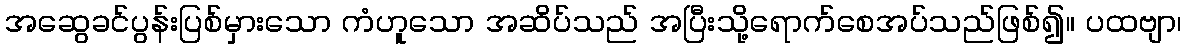
အဆွေခင်ပွန်းပြစ်မှားသော ကံဟူသော အဆိပ်သည် အပြီးသို့ရောက်စေအပ်သည်ဖြစ်၍။ ပထဗျာ၊